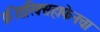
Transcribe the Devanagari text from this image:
फ्रीडरिक्सहाफेनचा